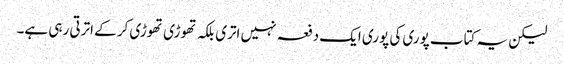
لیکن یہ کتاب پوری کی پوری ایک دفعہ نہیں اتری بلکہ تھوڑی تھوڑی کر کے اترتی رہی ہے۔